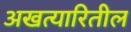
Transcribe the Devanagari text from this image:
अखत्यारितील